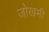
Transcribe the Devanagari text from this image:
जोखमी